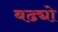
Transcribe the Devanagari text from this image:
बढ्यो